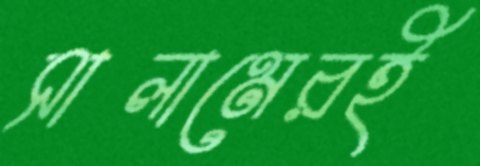
সালামেরই